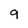
Character: 9